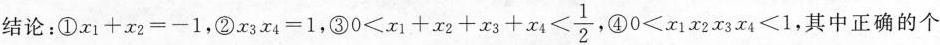
结论：①$$x _ { 1 }+x _ { 2 }=-1$$，②$$x _ { 3}x _ { 4}=1$$，③ $$0<x_{1}+x_{2}+x_{3}+x_{4}< \frac{1}{2}$$, ④$$0<x _ { 1 }x _ { 2}x _ { 3}x _ { 4}<1$$，其中正确的个